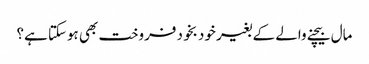
مال بیچنے والے کے بغیر خود بخود فروخت بھی ہوسکتا ہے؟